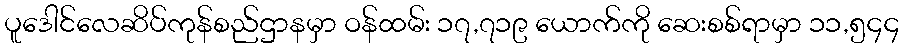
ပူဒေါင်လေဆိပ်ကုန်စည်ဌာနမှာ ဝန်ထမ်း ၁၇,၇၁၉ ယောက်ကို ဆေးစစ်ရာမှာ ၁၁,၅၄၄